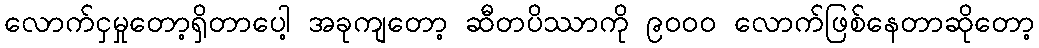
လောက်ငှမှုတော့ရှိတာပေါ့ အခုကျတော့ ဆီတပိဿာကို ၉၀၀၀ လောက်ဖြစ်နေတာဆိုတော့